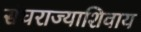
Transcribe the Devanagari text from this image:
संघराज्याशिवाय